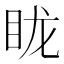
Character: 眬